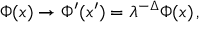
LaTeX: \Phi ( x ) \rightarrow \Phi ^ { \prime } ( x ^ { \prime } ) = \lambda ^ { - \Delta } \Phi ( x ) \, ,